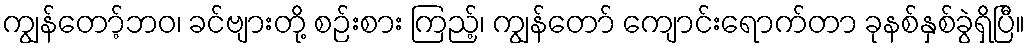
ကျွန်တော့်ဘဝ၊ ခင်ဗျားတို့ စဉ်းစား ကြည့်၊ ကျွန်တော် ကျောင်းရောက်တာ ခုနစ်နှစ်ခွဲရှိပြီ။